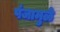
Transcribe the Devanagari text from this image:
पंजामुळे